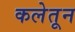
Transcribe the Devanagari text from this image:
कलेतून